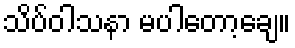
သိပ်ဝါသနာ မပါတော့ချေ။